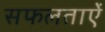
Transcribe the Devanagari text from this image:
सफलताऐं